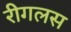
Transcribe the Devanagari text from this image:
रीगलस